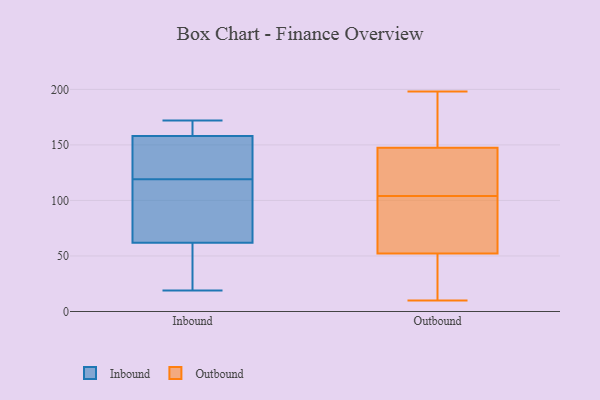
{"axis": {"x": "Operating Costs (USD K)", "y": "Value"}, "legend": ["Inbound", "Outbound"], "data": [{"x": "", "y": 85, "type": "Inbound"}, {"x": "", "y": 158, "type": "Inbound"}, {"x": "", "y": 137, "type": "Inbound"}, {"x": "", "y": 120, "type": "Inbound"}, {"x": "", "y": 19, "type": "Inbound"}, {"x": "", "y": 152, "type": "Inbound"}, {"x": "", "y": 94, "type": "Inbound"}, {"x": "", "y": 162, "type": "Inbound"}, {"x": "", "y": 62, "type": "Inbound"}, {"x": "", "y": 61, "type": "Inbound"}, {"x": "", "y": 172, "type": "Inbound"}, {"x": "", "y": 163, "type": "Inbound"}, {"x": "", "y": 54, "type": "Inbound"}, {"x": "", "y": 118, "type": "Inbound"}, {"x": "", "y": 198, "type": "Outbound"}, {"x": "", "y": 71, "type": "Outbound"}, {"x": "", "y": 108, "type": "Outbound"}, {"x": "", "y": 46, "type": "Outbound"}, {"x": "", "y": 178, "type": "Outbound"}, {"x": "", "y": 105, "type": "Outbound"}, {"x": "", "y": 104, "type": "Outbound"}, {"x": "", "y": 148, "type": "Outbound"}, {"x": "", "y": 43, "type": "Outbound"}, {"x": "", "y": 88, "type": "Outbound"}, {"x": "", "y": 94, "type": "Outbound"}, {"x": "", "y": 197, "type": "Outbound"}, {"x": "", "y": 146, "type": "Outbound"}, {"x": "", "y": 32, "type": "Outbound"}, {"x": "", "y": 10, "type": "Outbound"}]}